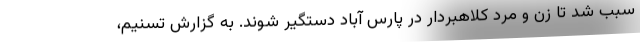
سبب شد تا زن و مرد کلاهبردار در پارس آباد دستگیر شوند. به گزارش تسنیم،